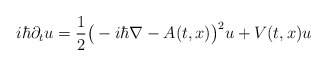
\begin{align*}i\hbar \partial_t u=\frac{1}{2}\big(-i\hbar\nabla-A(t,x)\big)^2 u+V(t,x)u\end{align*}